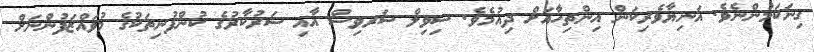
ގިނަކަމުންނެވެ. އަނިޔާވެރިކަން އިންތިހާއަށް ދިއުމެވެ. ސިވިލް ސަރވިސް އާއި ސަރުކާރުގެ ކުންފުނިތަކުގެ މުވައްޒަފުންނަށް